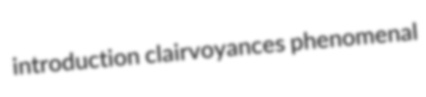
introduction clairvoyances phenomenal